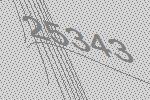
25343